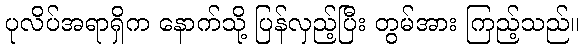
ပုလိပ်အရာရှိက နောက်သို့ ပြန်လှည့်ပြီး တွမ်အား ကြည့်သည်။